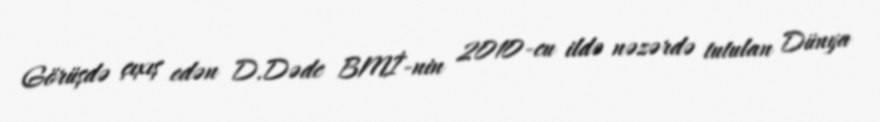
Görüşdə çıxış edən D.Dədc BMİ-nin 2010-cu ildə nəzərdə tutulan Dünya